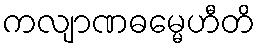
ကလျာဏဓမ္မေဟီတိ